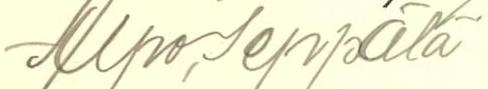
Ilpo Seppälä